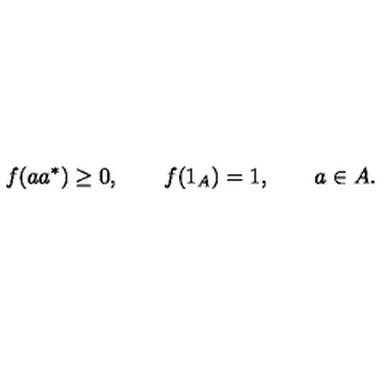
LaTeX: f ( a a ^ { * } ) \geq 0 , \qquad f ( 1 _ { A } ) = 1 , \qquad a \in A .